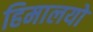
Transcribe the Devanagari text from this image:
हिमालयो